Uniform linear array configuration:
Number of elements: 8
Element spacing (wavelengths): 0.5
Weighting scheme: exponential
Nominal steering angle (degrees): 60
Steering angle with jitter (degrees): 58.681
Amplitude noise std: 0.05
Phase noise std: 0.05

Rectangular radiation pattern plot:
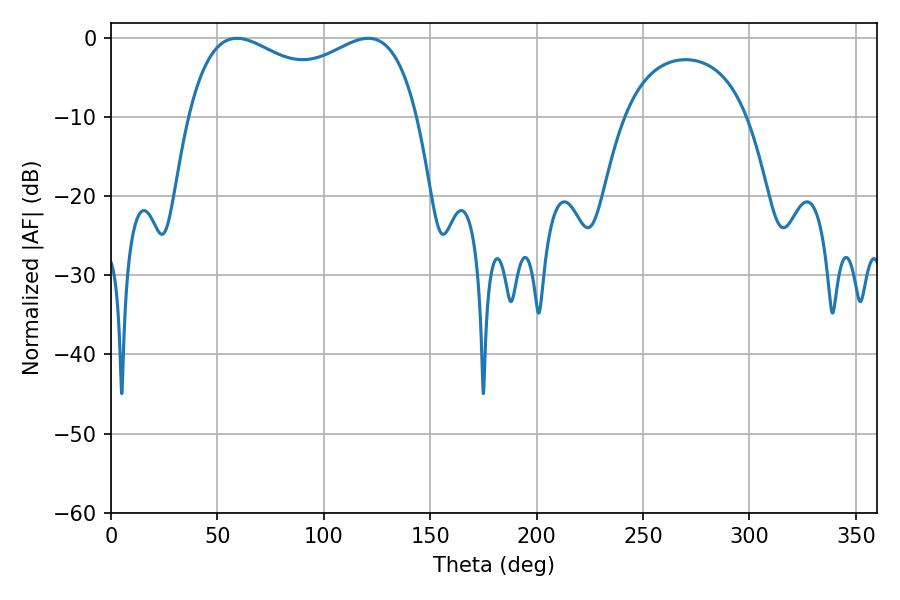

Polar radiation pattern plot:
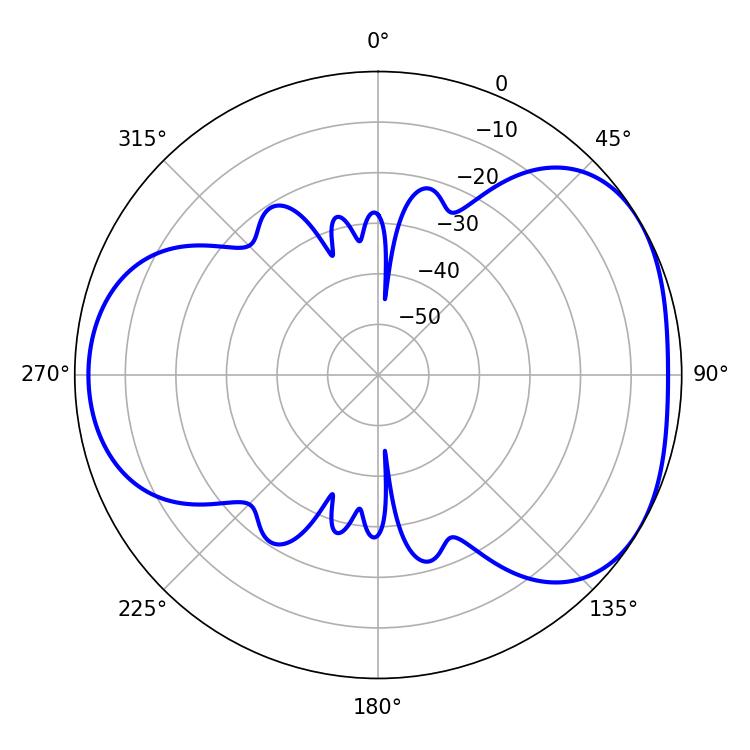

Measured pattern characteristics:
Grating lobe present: FALSE
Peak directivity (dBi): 4.194
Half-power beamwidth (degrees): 89.64
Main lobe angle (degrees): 59.22